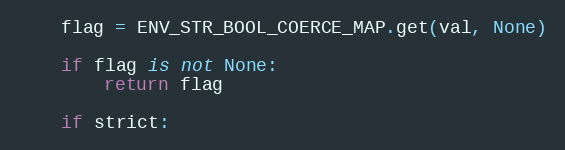
Language: Python
    flag = ENV_STR_BOOL_COERCE_MAP.get(val, None)

    if flag is not None:
        return flag

    if strict: